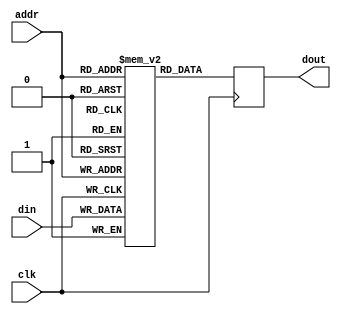
module memory(clk,addr,din,dout);

parameter wordSize=1;
parameter addressSize=1;

input addr,clk;
input [wordSize-1:0] din;
output reg [wordSize-1:0] dout;
reg [wordSize-1:0] mem[0:(1<<addressSize)-1];

always @(posedge clk) begin
	mem[addr] <= din;
	dout <= mem[addr];
end
endmodule